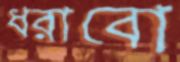
ধরাবো